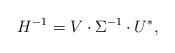
LaTeX: \begin{align*}H^{-1} = V \cdot \Sigma^{-1} \cdot U^{\ast},\end{align*}